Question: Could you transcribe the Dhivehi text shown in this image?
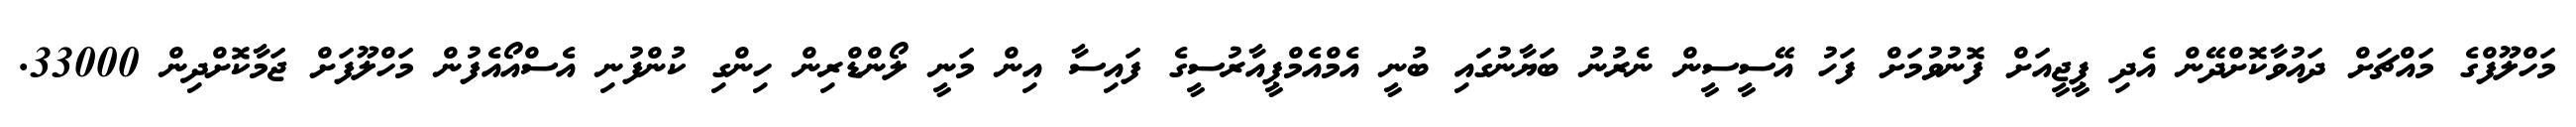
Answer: މަހްލޫފްގެ މައްޗަށް ދައުވާކޮށްދޭން އެދި ޕީޖީއަށް ފޮނުވުމަށް ފަހު އޭސީސީން ނެރުނު ބަޔާނުގައި ބުނީ އެމްއެމްޕީއާރުސީގެ ފައިސާ އިން މަނީ ލޯންޑްރިން ހިންގި ކުންފުނި އެސްއޯއެފުން މަހްލޫފަށް ޖަމާކޮށްދިން 33000.